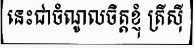
នេះជាចំណូលចិត្តខ្ញុំ ត្រីស៊ី